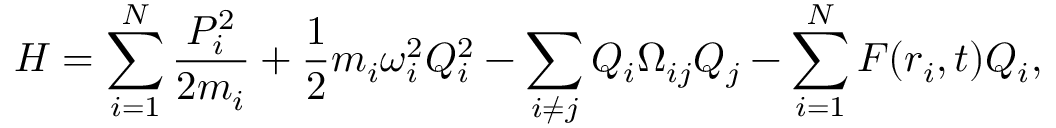
\scriptsize H = \sum _ { i = 1 } ^ { N } \frac { P _ { i } ^ { 2 } } { 2 m _ { i } } + \frac { 1 } { 2 } m _ { i } \omega _ { i } ^ { 2 } Q _ { i } ^ { 2 } - \sum _ { i \neq j } Q _ { i } \Omega _ { i j } Q _ { j } - \sum _ { i = 1 } ^ { N } F ( r _ { i } , t ) Q _ { i } ,